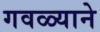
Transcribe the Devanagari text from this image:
गवळ्याने